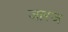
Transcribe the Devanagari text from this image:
जारज